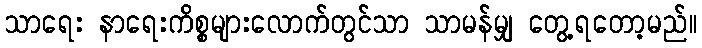
သာရေး နာရေးကိစ္စများလောက်တွင်သာ သာမန်မျှ တွေ့ရတော့မည်။